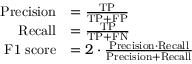
\begin{array} { r l } { \mathrm { P r e c i s i o n } } & { = \frac { \mathrm { T P } } { \mathrm { T P } + \mathrm { F P } } } \\ { \mathrm { R e c a l l } } & { = \frac { \mathrm { T P } } { \mathrm { T P } + \mathrm { F N } } } \\ { \mathrm { F 1 ~ s c o r e } } & { = 2 \cdot \frac { \mathrm { P r e c i s i o n } \cdot \mathrm { R e c a l l } } { \mathrm { P r e c i s i o n } + \mathrm { R e c a l l } } } \end{array}